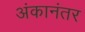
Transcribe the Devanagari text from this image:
अंकानंतर